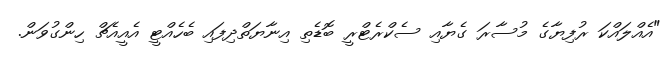
"އެއްލައްކަ ރުފިޔާގެ މުސާރަ ގެޔާއި ސެކްރެޓްރީ ބޮޑެތި އިނާޔަތްދިފައި ބެހެއްޓީ އެއީއެޗް ހިންގުވަން.